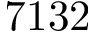
7 1 3 2